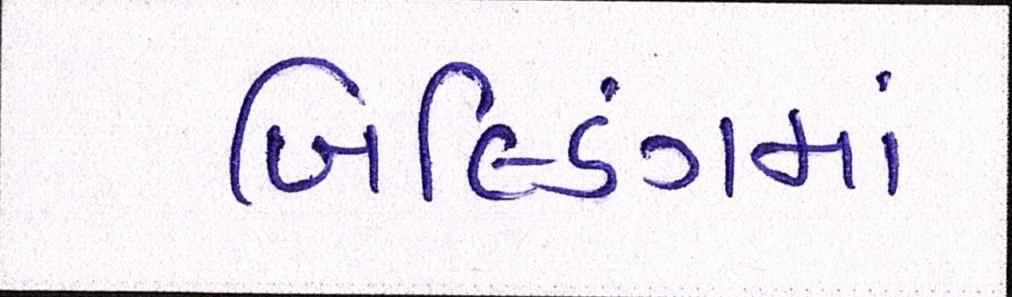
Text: બિલ્ડિંગમાં